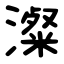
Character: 澯